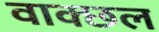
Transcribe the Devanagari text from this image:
वाक्छल